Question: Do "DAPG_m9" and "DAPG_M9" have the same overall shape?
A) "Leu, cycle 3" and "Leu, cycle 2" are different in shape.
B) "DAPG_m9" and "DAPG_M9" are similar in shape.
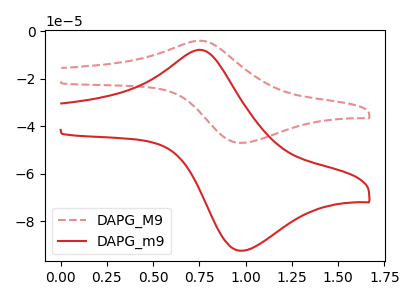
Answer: <think>The red dashed curve "DAPG_M9" has an anodic peak at (0.75V, -4.00uA) and a cathodic peak at (1.00V, -47.00uA). The red curve "DAPG_m9" has an anodic peak at (0.75V, -7.85uA) and a cathodic peak at (1.00V, -92.35uA).
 All the peaks in "DAPG_m9" have a peak in "DAPG_M9" at the same potential.</think>
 <answer>B) "DAPG_m9" and "DAPG_M9" are similar in shape.</answer>
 <eval>B</eval>